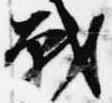
戦